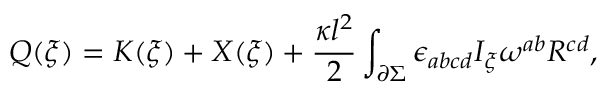
Q ( \xi ) = K ( \xi ) + X ( \xi ) + \frac { \kappa l ^ { 2 } } { 2 } \int _ { \partial \Sigma } \epsilon _ { a b c d } I _ { \xi } \omega ^ { a b } R ^ { c d } ,